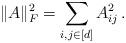
LaTeX: \begin{align*}\|A\|_F^2 = \sum_{i,j \in [d]}A_{ij}^2\, .\end{align*}